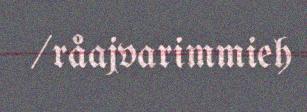
/råajvarimmieh